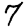
Digit: 7